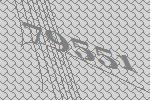
79551